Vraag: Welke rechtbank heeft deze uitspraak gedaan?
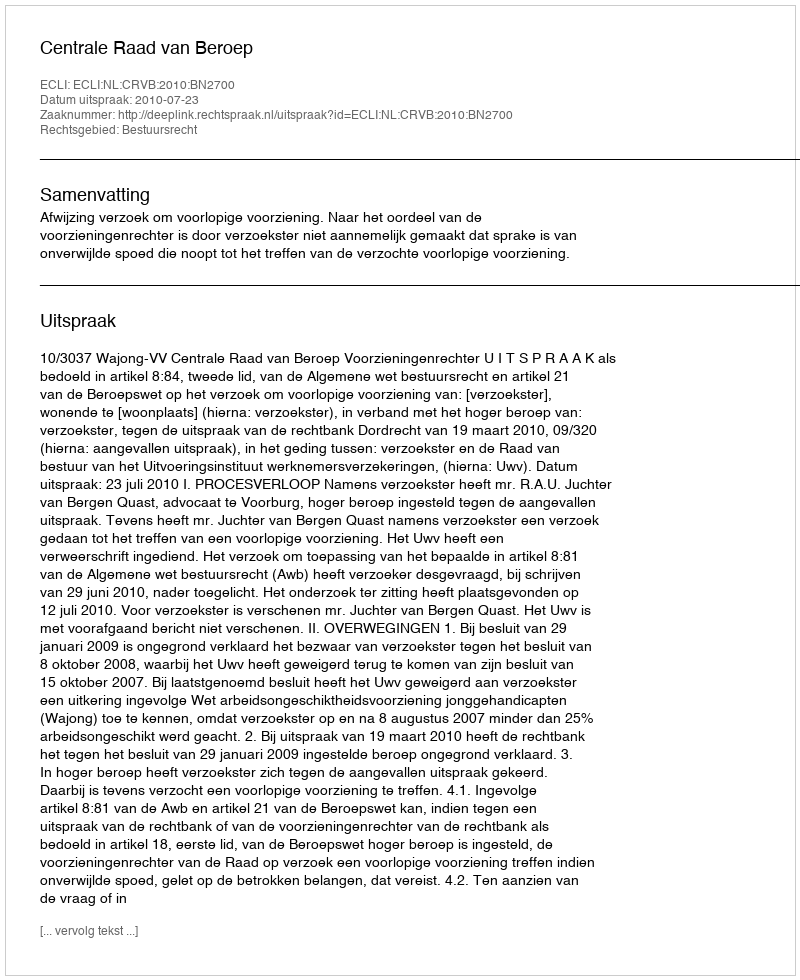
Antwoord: Centrale Raad van Beroep